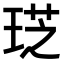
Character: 𤦧